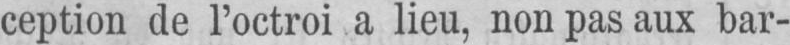
ception de l’octroi a lieu, non pas aux bar-